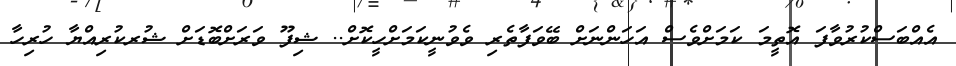
އެއްބަސްކުރުވާފަ އޮތީމަ ކަމަށްވެސް އަަަހަންނަށް ބޭވަފާތެރި ވެވުނީކަމަށްހީކޮށް.. ޝިފޫ ވަރަށްބޮޑަށް ޝުރކުރިއްޔާ ހުރިހާ